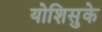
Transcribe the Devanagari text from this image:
योशिसुके